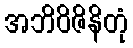
အဘိဝိဇိနိတုံ